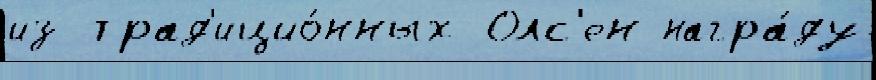
из трад'ицио́нных Олс'ен награ́ду